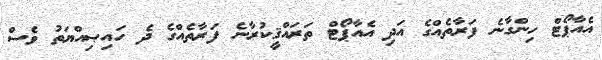
އެއާޕޯޓް ހިންގާނެ ފަރާތެއްގެ އަދި އެއާޕޯޓް ތަރައްޤީކުރާނެ ފަރާތެއްގެ ދެ ހައިޞިއްޔަތު ވެސް